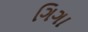
ગિગા